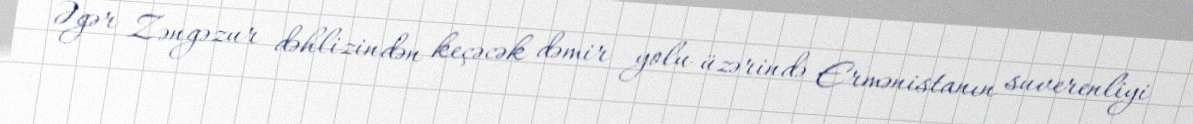
Əgər Zəngəzur dəhlizindən keçəcək dəmir yolu üzərində Ermənistanın suverenliyi